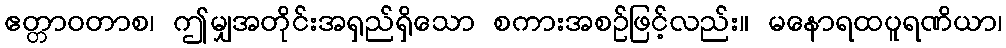
ဧတ္တာဝတာစ၊ ဤမျှအတိုင်းအရှည်ရှိသော စကားအစဉ်ဖြင့်လည်း။ မနောရထပူရဏိယာ၊